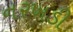
નરખડી